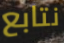
نتابع